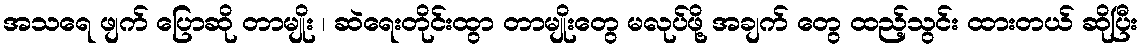
အသရေ ဖျက် ပြောဆို တာမျိုး ၊ ဆဲရေးတိုင်းထွာ တာမျိုးတွေ မလုပ်ဖို့ အချက် တွေ ထည့်သွင်း ထားတယ် ဆိုပြီး